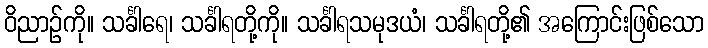
ဝိညာဉ်ကို။ သင်္ခါရေ၊ သင်္ခါရတို့ကို။ သင်္ခါရသမုဒယံ၊ သင်္ခါရတို့၏ အကြောင်းဖြစ်သော